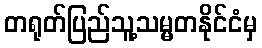
တရုတ်ပြည်သူ့သမ္မတနိုင်ငံမှ